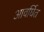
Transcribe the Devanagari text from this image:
आवर्घित